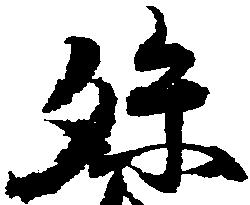
孫